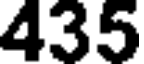
435